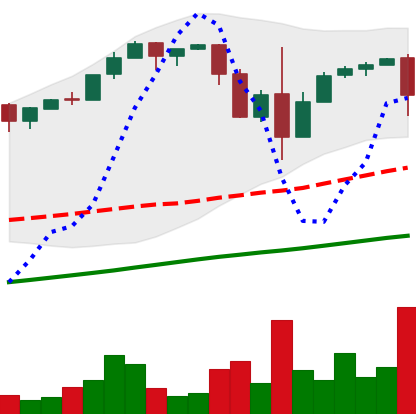
Ticker: BTC-USD
Chart end date: 2017-03-16
Forward return: -5.663%
Label: down_5_7